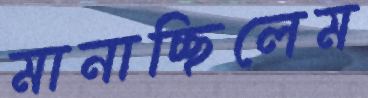
মানাচ্ছিলেম